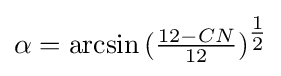
\alpha =\arcsin {({\tfrac {12-CN}{12}})^{\tfrac {1}{2}}}